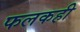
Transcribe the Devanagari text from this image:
फलकही